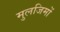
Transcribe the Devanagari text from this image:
मुलजिमों